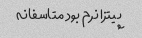
پیتزا نرم بود متاسفانه